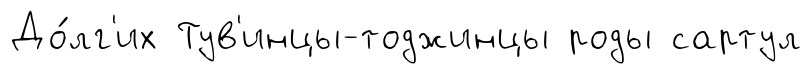
До́лг'их Тув'инцы-тоджинцы роды сартул